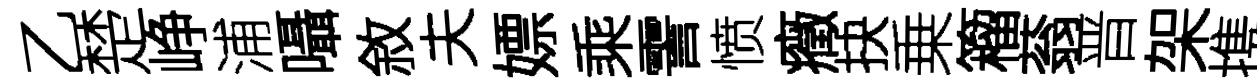
乙楚峥浦囁敘夫嫖乘霅愤癥抉乗籕蓊晋架携